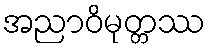
အညာဝိမုတ္တဿ